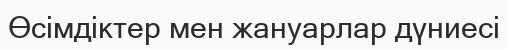
Өсімдіктер мен жануарлар дүниесі